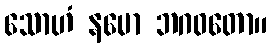
သောဟံ နမော ဘဂဝတော။